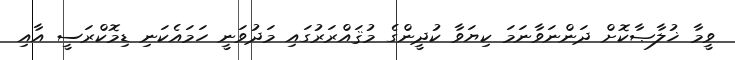
ވީމާ ޚުލާޞާކޮށް ދަންނަވާނަމަ ކިޔަވާ ކުދީންގެ މުޤައްރަރުގައި މަދުވަނީ ހަމައެކަނި ޑިމޮކްރަސީ އާއި